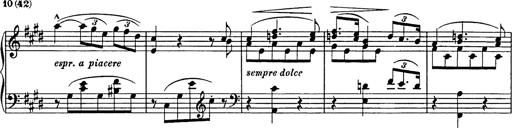
Title: Consolations
Composer: Franz Liszt